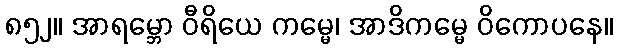
၈၅၂။ အာရမ္ဘော ဝီရိယေ ကမ္မေ၊ အာဒိကမ္မေ ဝိကောပနေ။